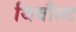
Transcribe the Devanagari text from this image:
थिबौल्ट